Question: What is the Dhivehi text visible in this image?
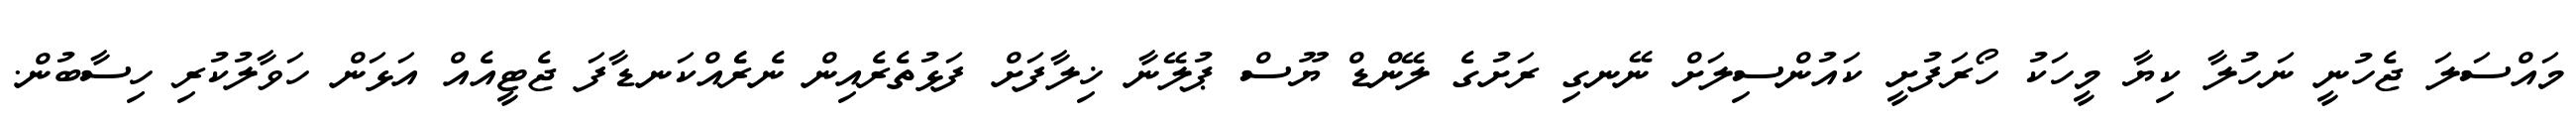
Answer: މައްސަލަ ޖެހުނީ ނަހުލާ ކިޔާ މީހަކު ހޯރަފުށީ ކައުންސިލަށް ނޭނގި ރަށުގެ ލޭންޑް ޔޫސް ޕުލޭނާ ޚިލާފަށް ފަޅުތެރެއިން ނެރެެއްކަނޑާފަ ޖެޓީއެއް އަޅަން ހަވާލުކުރި ހިސާބުން.